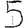
Digit: 5